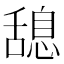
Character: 𦧯